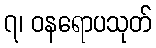
၇၊ ဝနရောပသုတ်